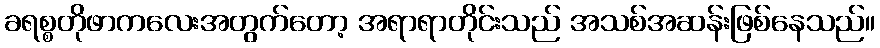
ခရစ္စတိုဖာကလေးအတွက်တော့ အရာရာတိုင်းသည် အသစ်အဆန်းဖြစ်နေသည်။